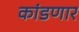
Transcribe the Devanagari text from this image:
कांडणार